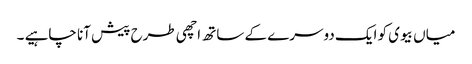
میاں بیوی کو ایک دوسرے کے ساتھ اچھی طرح پیش آنا چاہیے ۔